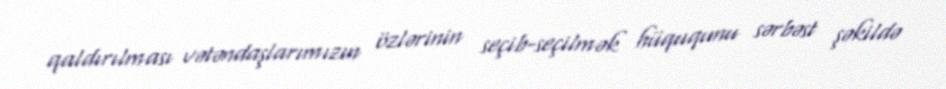
qaldırılması vətəndaşlarımızın özlərinin seçib-seçilmək hüququnu sərbəst şəkildə